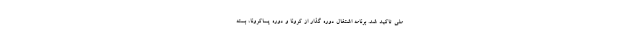
ملی تاکید شد. برنامه اشتغال دوره گذار از کرونا و دوره پساکرونا، بسته